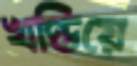
খণ্ডিয়ে